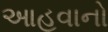
આહવાનો